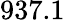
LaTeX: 937.1